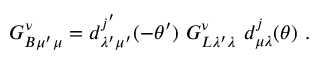
G _ { B \mu ^ { \prime } \mu } ^ { \nu } = d _ { \lambda ^ { \prime } \mu ^ { \prime } } ^ { j ^ { \prime } } ( - \theta ^ { \prime } ) \ G _ { L \lambda ^ { \prime } \lambda } ^ { \nu } \ d _ { \mu \lambda } ^ { j } ( \theta ) \ .